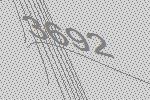
3692